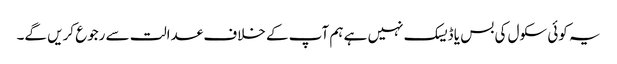
یہ کوئی سکول کی بس یا ڈیسک نہیں ہے ہم آپ کے خلاف عدالت سے رجوع کریں گے۔